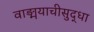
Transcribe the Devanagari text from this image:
वाङ्मयाचीसुद्धा